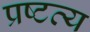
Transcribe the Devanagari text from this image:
प्रष्टव्य